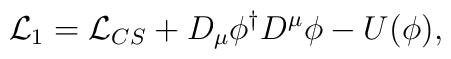
{\cal L}_1 = {\cal L}_{CS} + D_\mu\phi^\dagger D^\mu \phi - U(\phi),